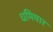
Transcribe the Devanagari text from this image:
धमियार